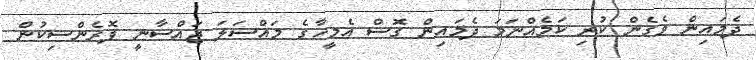
ދެމައިން ވެގެން ކުރި ކަމެއްނަމަ ދެމައިން ގޮސް އެމީހާގެ މައްސަލަ ޖައްސާނީ ފޮރެންސިކުން